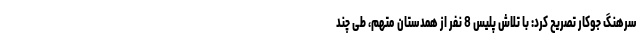
سرهنگ جوکار تصریح کرد: با تلاش پلیس 8 نفر از همدستان متهم، طی چند